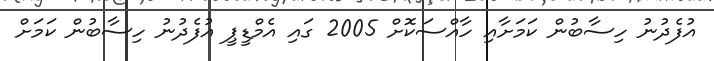
އުފެދުނު ހިސާބުން ކަމަށާއި ހާއްސަކޮށް 2005 ގައި އެމްޑީޕީ އުފެދުނު ހިސާބުން ކަމަށް